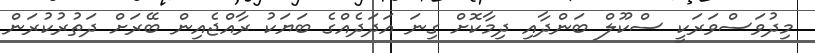
މިދުވަސްވަރަކީ ސްކޫލް ބަންދާއި ދިމާކޮށް ގިނަ އަދަދެއްގެ ބަޔަކު ރާއްޖެއިން ބޭރަށް ދަތުރުކުރަން